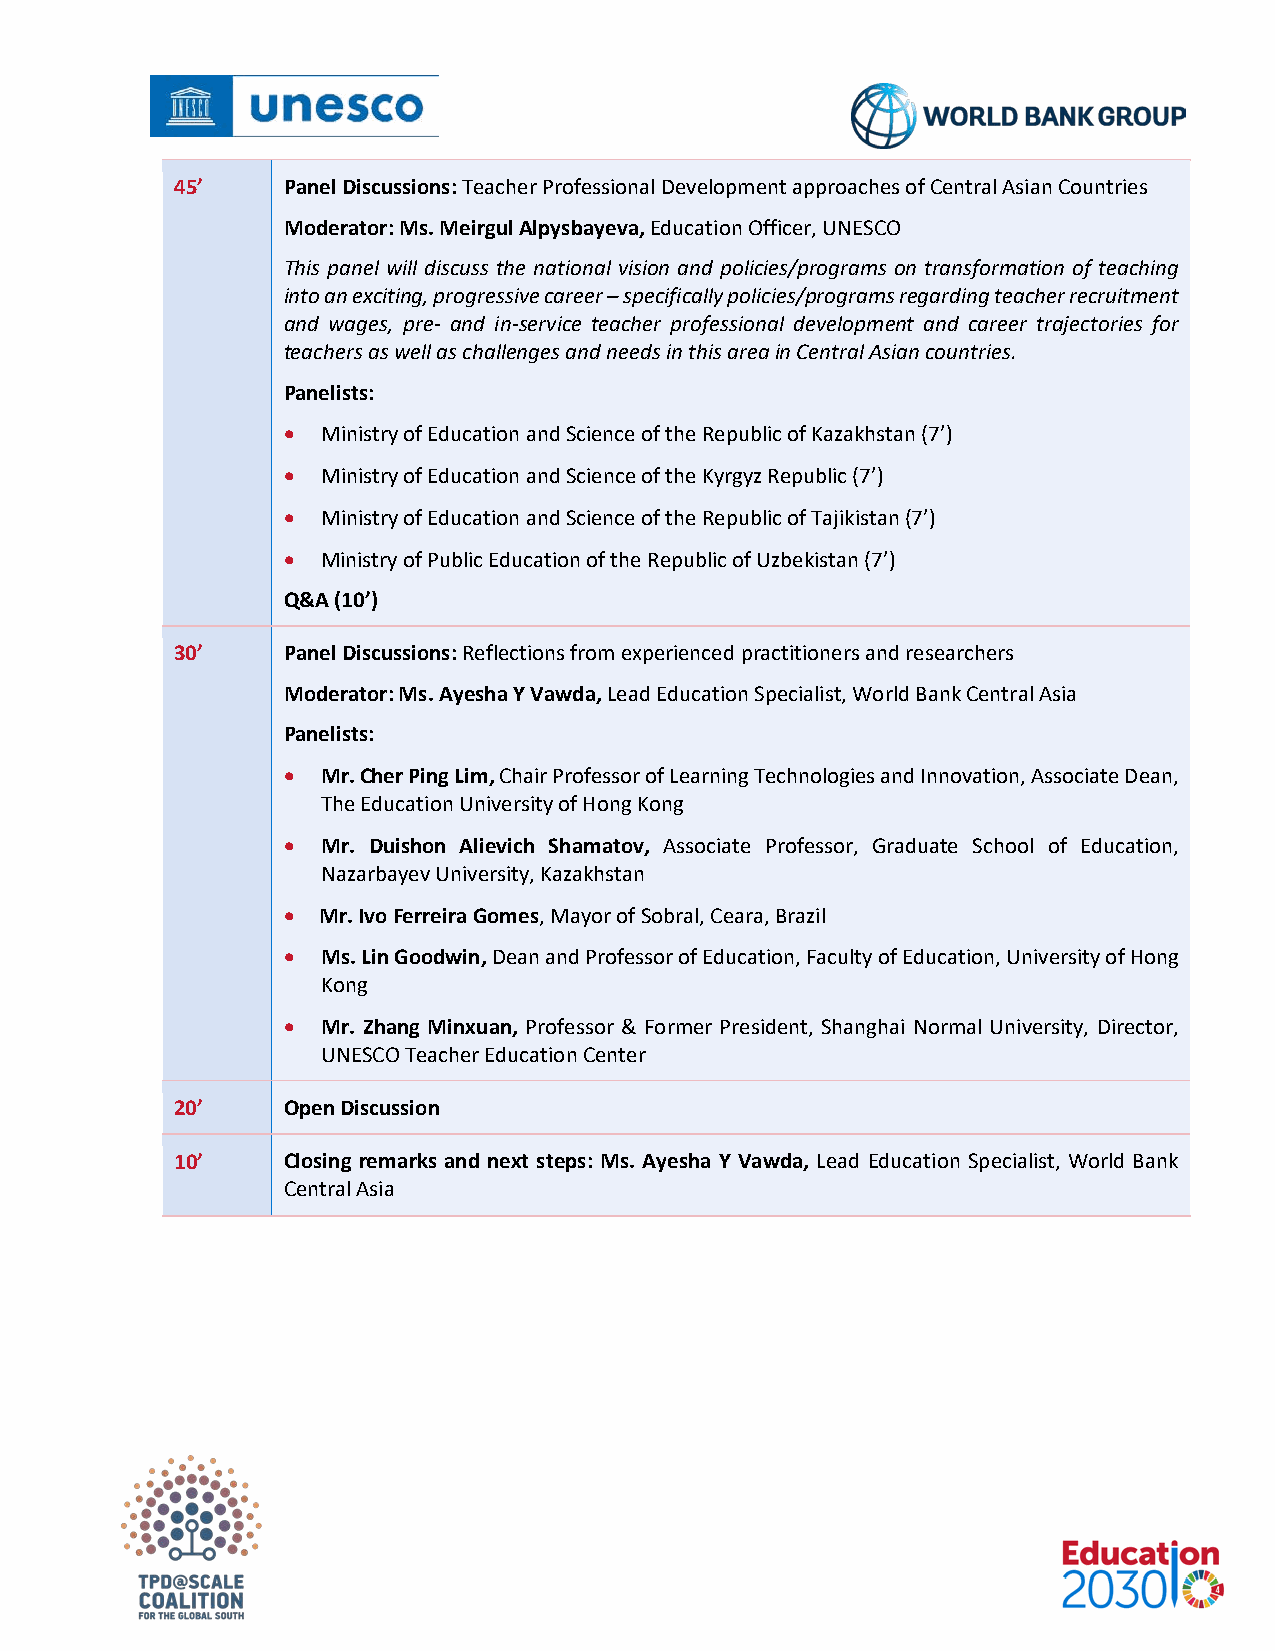
45’    Panel Discussions: Teacher Professional Development approaches of Central Asian Countries
 Moderator: Ms. Meirgul Alpysbayeva, Education Officer, UNESCO
 This panel will discuss the national vision and policies/programs on transformation of teaching
 into an exciting, progressive career – specifically policies/programs regarding teacher recruitment
 and wages, pre- and in-service teacher professional development and career trajectories for
 teachers as well as challenges and needs in this area in Central Asian countries.
 Panelists:
 • Ministry of Education and Science of the Republic of Kazakhstan (7’)
 • Ministry of Education and Science of the Kyrgyz Republic (7’)
 • Ministry of Education and Science of the Republic of Tajikistan (7’)
 • Ministry of Public Education of the Republic of Uzbekistan (7’)
 Q&A (10’)
 30’    Panel Discussions: Reflections from experienced practitioners and researchers
 Moderator: Ms. Ayesha Y Vawda, Lead Education Specialist, World Bank Central Asia
 Panelists:
 • Mr. Cher Ping Lim, Chair Professor of Learning Technologies and Innovation, Associate Dean,
 The Education University of Hong Kong
 • Mr. Duishon Alievich Shamatov, Associate Professor, Graduate School of Education,
 Nazarbayev University, Kazakhstan
 • Mr. Ivo Ferreira Gomes, Mayor of Sobral, Ceara, Brazil
 • Ms. Lin Goodwin, Dean and Professor of Education, Faculty of Education, University of Hong
 Kong
 • Mr. Zhang Minxuan, Professor & Former President, Shanghai Normal University, Director,
 UNESCO Teacher Education Center
 20’    Open Discussion
 10’    Closing remarks and next steps: Ms. Ayesha Y Vawda, Lead Education Specialist, World Bank
 Central Asia